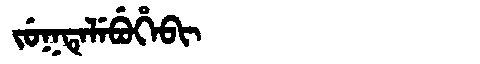
Manchu: ᠵᡠᡴᡨᡝᠯᡝᠪᡠᡥᡝᠪᡳ
Romanization: JUKTELEBUHEBI